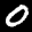
Label: 0